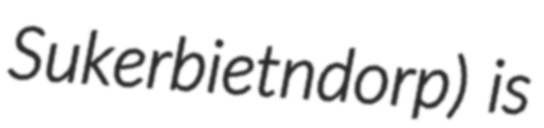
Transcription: Sukerbietndorp) is